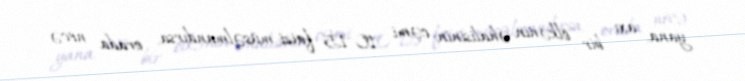
yana, axı bir ölkənin əhalisinin cəmi 10-15 faizi müsəlmandırsa, orada necə